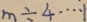
m \div 4 \cdots 1